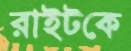
রাইটকে